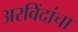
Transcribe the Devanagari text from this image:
अरविंदांचा